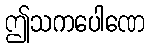
ဤသကပေါဏေ